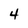
Character: 4